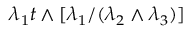
\lambda _ { 1 } t \wedge [ \lambda _ { 1 } / ( \lambda _ { 2 } \wedge \lambda _ { 3 } ) ]